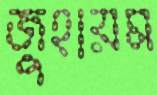
জুহায়ম